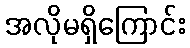
အလိုမရှိကြောင်း